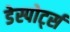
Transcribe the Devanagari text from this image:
डेस्पोर्ट्स